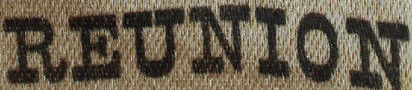
REUNION